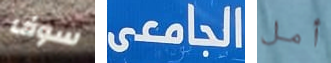
سوف الجامعى أمل